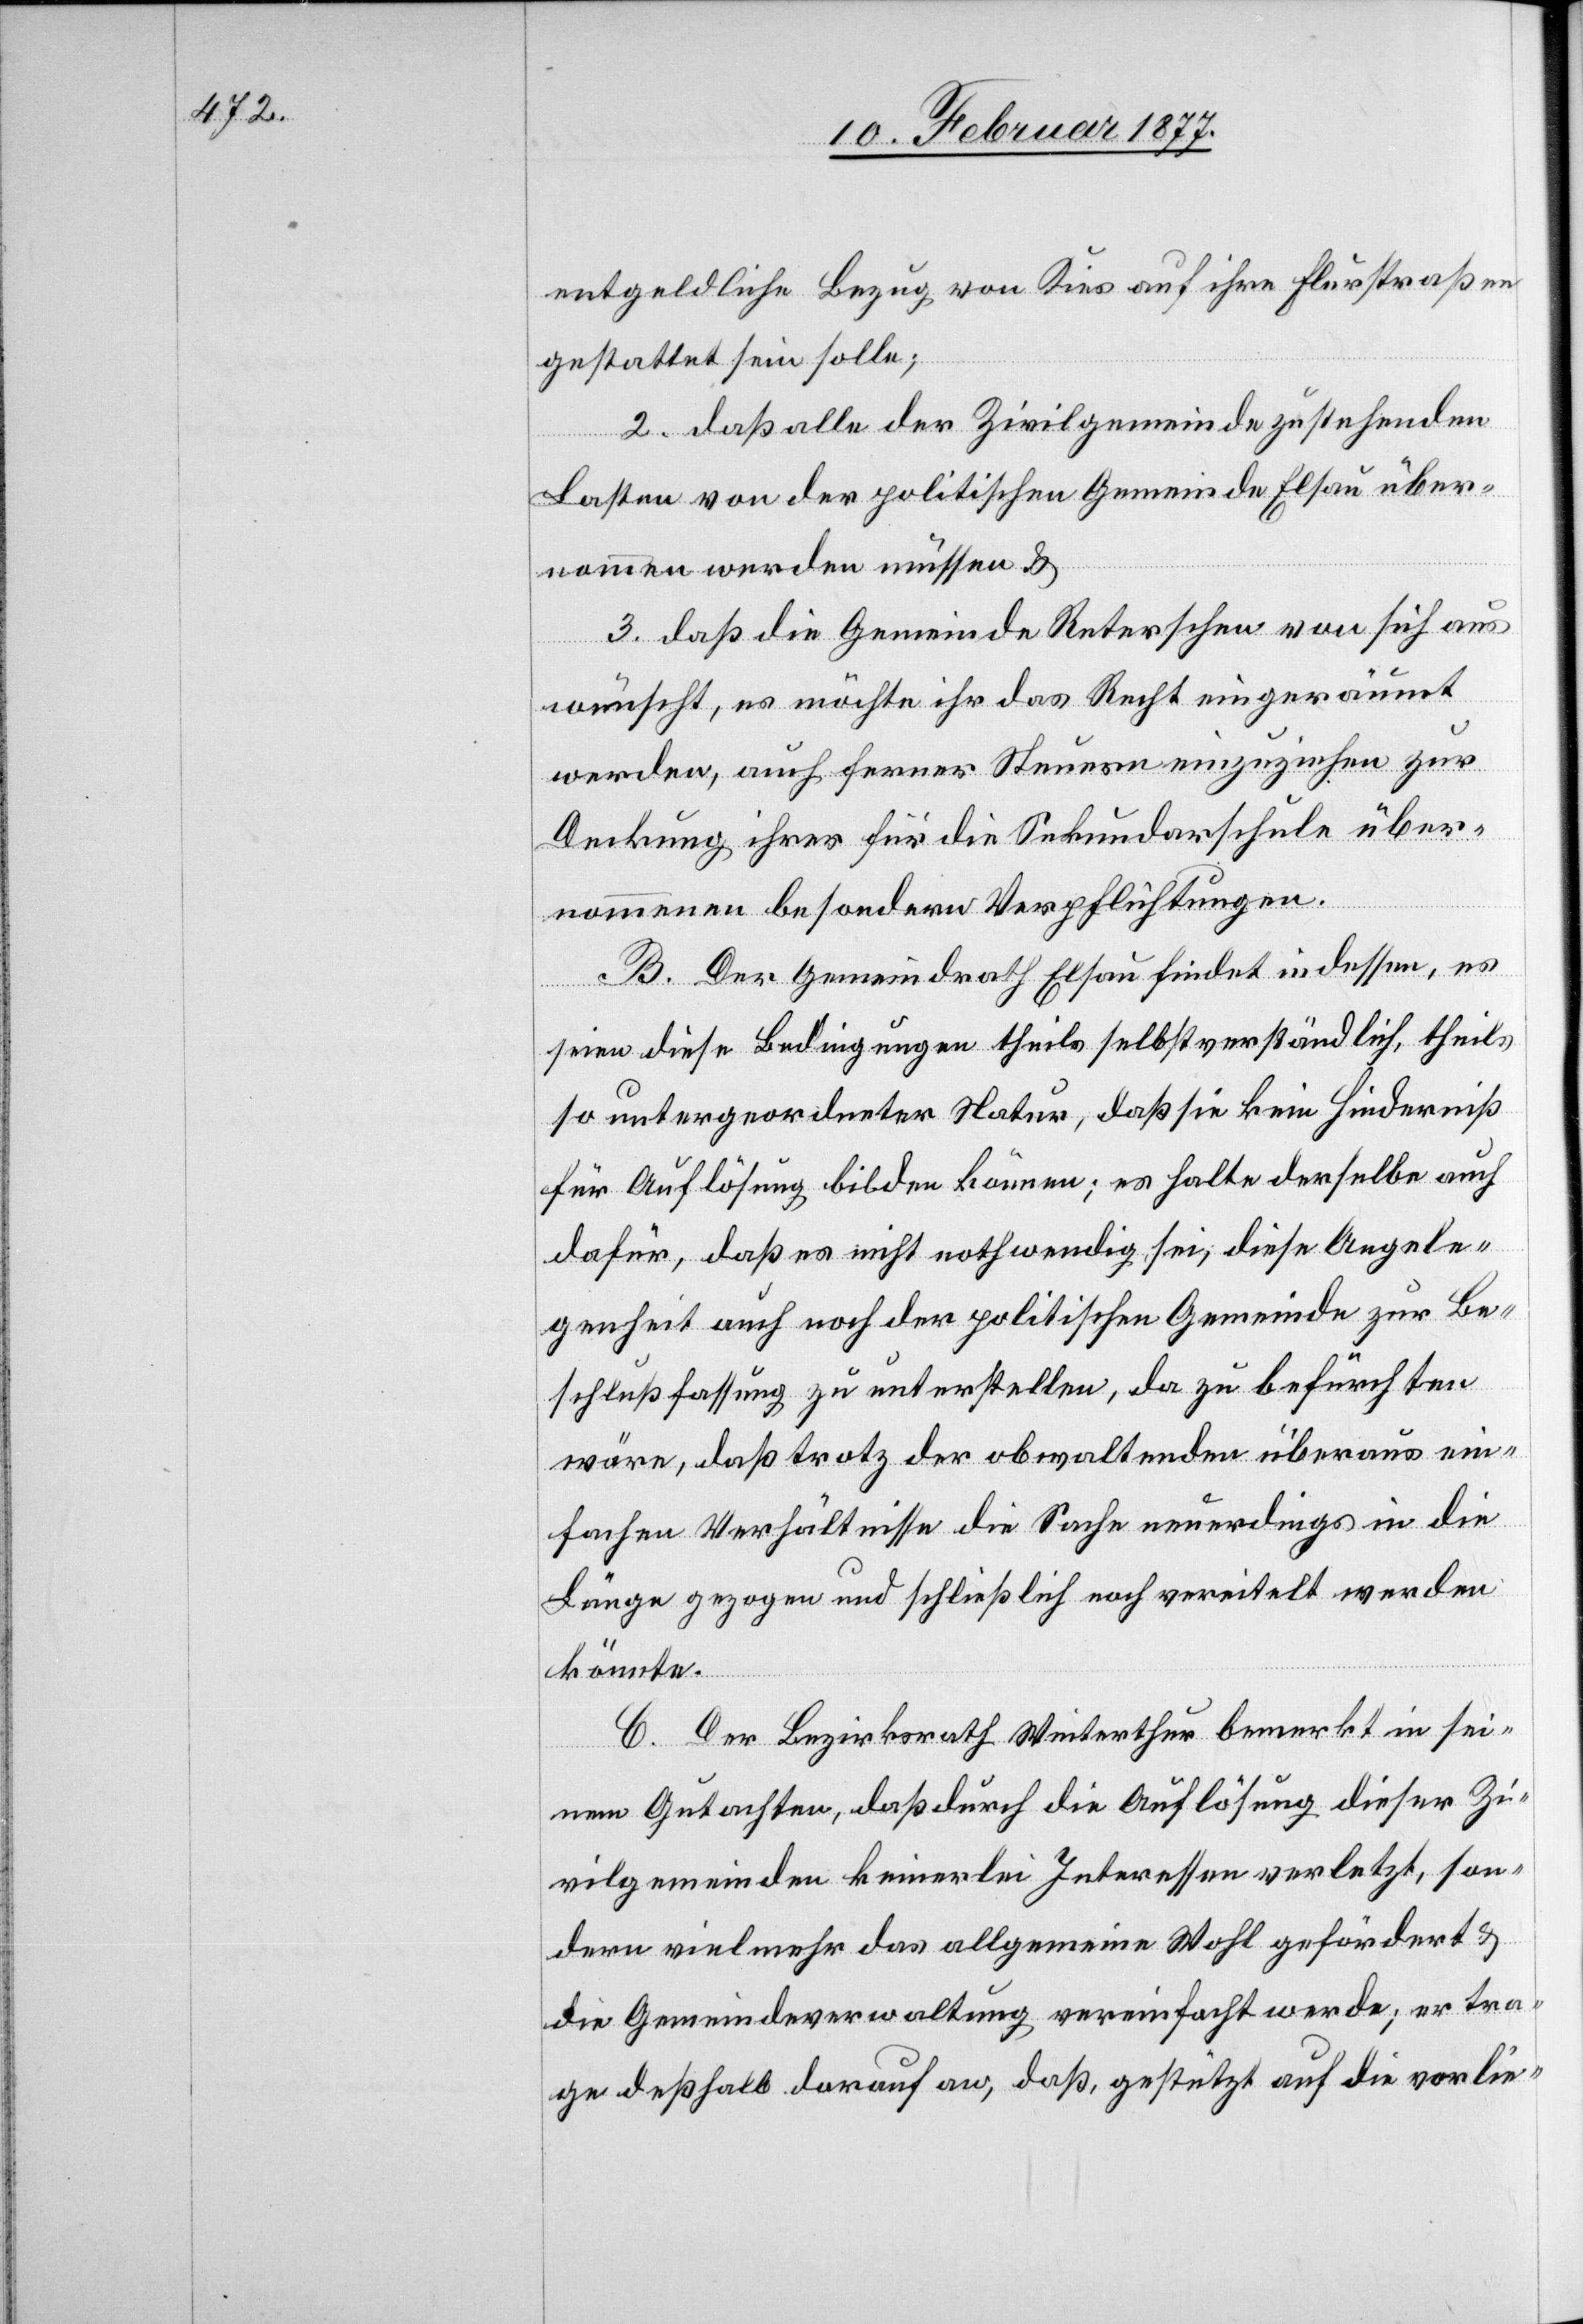
entgeldliche Bezug von Kies auf ihre Flurstraßen
gestattet sein solle;
2. daß alle der Zivilgemeinde zustehenden
Lasten von der politischen Gemeinde Elsau über¬
nommen werden müssen &
3. daß die Gemeinde Reterschen von sich aus
wünscht, es möchte ihr das Recht eingeräumt
werden, auch ferner Steuern einzuziehen zur
Deckung ihrer für die Sekundarschule über¬
nommenen besondern Verpflichtungen.
B. Der Gemeindrath Elsau findet indessen, es
seien diese Bedingungen theils selbstverständlich, theils
so untergeordneter Natur, daß sie kein Hinderniß
für Auflösung bilden können; es halte derselbe auch
dafür, daß es nicht nothwendig sei, diese Angele¬
genheit auch noch der politischen Gemeinde zur Be¬
schlußfassung zu unterstellen, da zu befürchten
wäre, daß trotz der obwaltenden überaus ein¬
fachen Verhältnisse die Sache neuerdings in die
Länge gezogen und schließlich noch vereitelt werden
könnte.
C. Der Bezirksrath Winterthur bemerkt in sei¬
nem Gutachten, daß durch die Auflösung dieser Zi¬
vilgemeinden keinerlei Interessen verletzt, son¬
dern vielmehr das allgemeine Wohl gefördert &
die Gemeindeverwaltung vereinfacht werde; er tra¬
ge deßhalb darauf an, daß, gestützt auf die vorlie-